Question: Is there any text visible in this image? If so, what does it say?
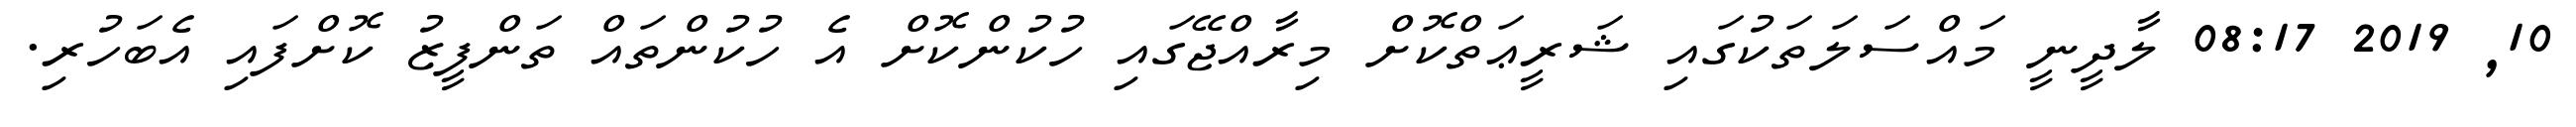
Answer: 10, 2019 08:17 ލާދީނީ މައްސަލަތަކުގައި ޝަރީޢަތްކޮށް މިރާއްޖޭގައި ހުކުންކޮށް އެ ހުކުންތައް ތަންފީޒު ކޮށްފައި އެބަހުރި.